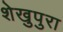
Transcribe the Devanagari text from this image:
शेखुपुरा